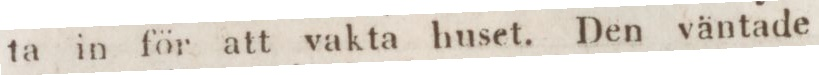
ta in för att vakta huset. Den väntade